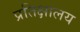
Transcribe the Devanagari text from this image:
प्रतिक्षालय